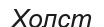
Холст